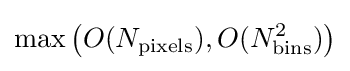
\max {\big (}O(N_{\text{pixels}}),O(N_{\text{bins}}^{2}){\big )}